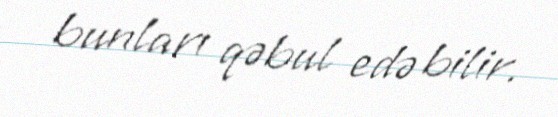
bunları qəbul edə bilir.